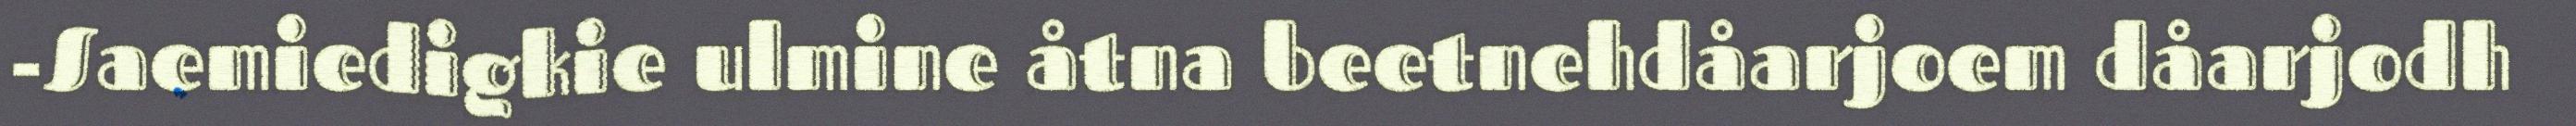
-Saemiedigkie ulmine åtna beetnehdåarjoem dåarjodh